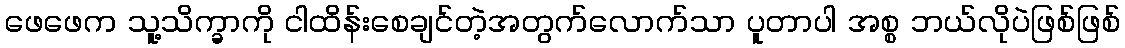
ဖေဖေက သူ့သိက္ခာကို ငါထိန်းစေချင်တဲ့အတွက်လောက်သာ ပူတာပါ အစ္စ ဘယ်လိုပဲဖြစ်ဖြစ်